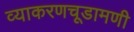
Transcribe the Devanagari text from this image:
व्याकरणचूडामणी